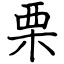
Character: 栗